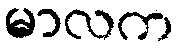
မာလက